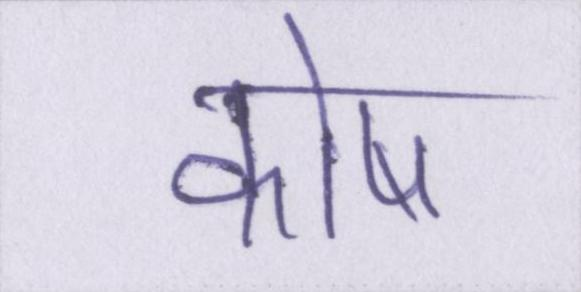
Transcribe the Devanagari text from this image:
कोष